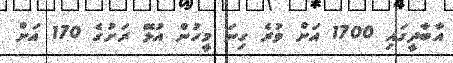
އާބާދީގައި 1700 އަށް ވުރެ ގިނަ މީހުން އުޅޭ ރަށުގެ 170 އަށް